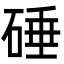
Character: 硾